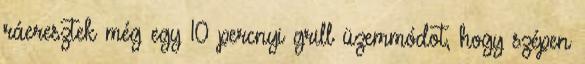
ráeresztek még egy 10 percnyi grill üzemmódot, hogy szépen